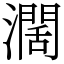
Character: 濶